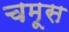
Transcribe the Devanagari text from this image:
चमूस